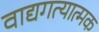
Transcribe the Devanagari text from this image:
वाद्यगत्यात्मक